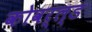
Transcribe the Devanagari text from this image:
कोवर्ल्ड